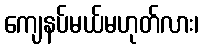
ကျေနပ်မယ်မဟုတ်လား၊